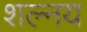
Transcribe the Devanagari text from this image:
शल्नय